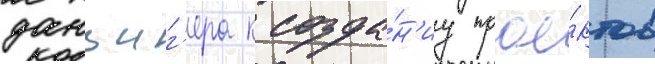
данциг'ера к созда́н'иу прое́ктов